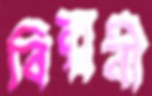
বিল্পবী